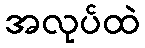
အလုပ်ထဲ